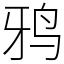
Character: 鸦